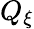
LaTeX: Q_{\xi}